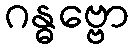
ဂန္ဓဗ္ဗော